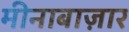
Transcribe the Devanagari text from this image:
मीनाबाज़ार